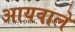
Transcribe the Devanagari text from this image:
आयवाले